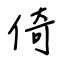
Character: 倚